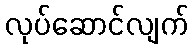
လုပ်ဆောင်လျက်